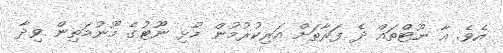
އެވެ. އާ ނޫޓްތައް ދެ ފަރާތަށް އަރިކުރުމުން މުޅި ނޫޓުގެ މޫނުމަތިން ވިދާ